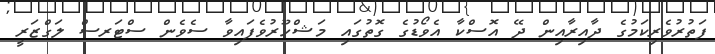
ފަތުރުވެރިކަމުގެ ދާއިރާއިން ދޭ އޮސްކާ އެވޯޑުގެ ގޮތުގައި މަޝްހޫރުވެފައިވާ ސެވެން ސްޓަރސް ލަގްޒަރީ